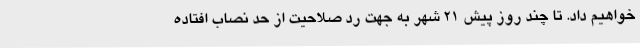
خواهیم داد. تا چند روز پیش ۲۱ شهر به جهت رد صلاحیت از حد نصاب افتاده